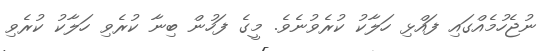
ނުޖެހުމެއްގައި ފައްޅި ހަލާކު ކުރެވުނެވެ. މީގެ ފަހުން ބިނާ ކުރެވި ހަލާކު ކުރެވި